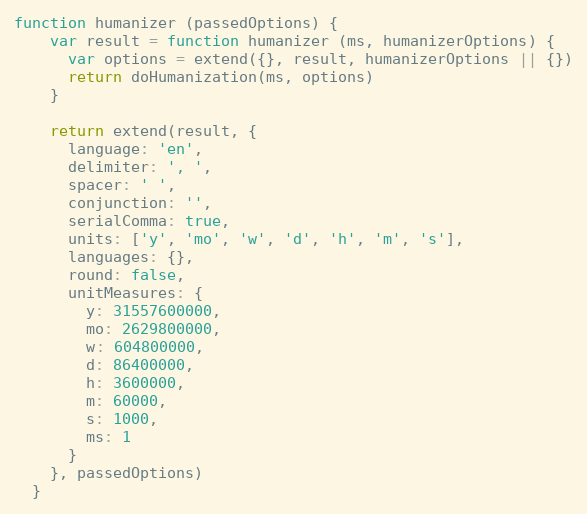
Language: JavaScript
function humanizer (passedOptions) {
    var result = function humanizer (ms, humanizerOptions) {
      var options = extend({}, result, humanizerOptions || {})
      return doHumanization(ms, options)
    }

    return extend(result, {
      language: 'en',
      delimiter: ', ',
      spacer: ' ',
      conjunction: '',
      serialComma: true,
      units: ['y', 'mo', 'w', 'd', 'h', 'm', 's'],
      languages: {},
      round: false,
      unitMeasures: {
        y: 31557600000,
        mo: 2629800000,
        w: 604800000,
        d: 86400000,
        h: 3600000,
        m: 60000,
        s: 1000,
        ms: 1
      }
    }, passedOptions)
  }